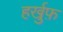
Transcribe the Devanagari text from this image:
हर्खुफ़